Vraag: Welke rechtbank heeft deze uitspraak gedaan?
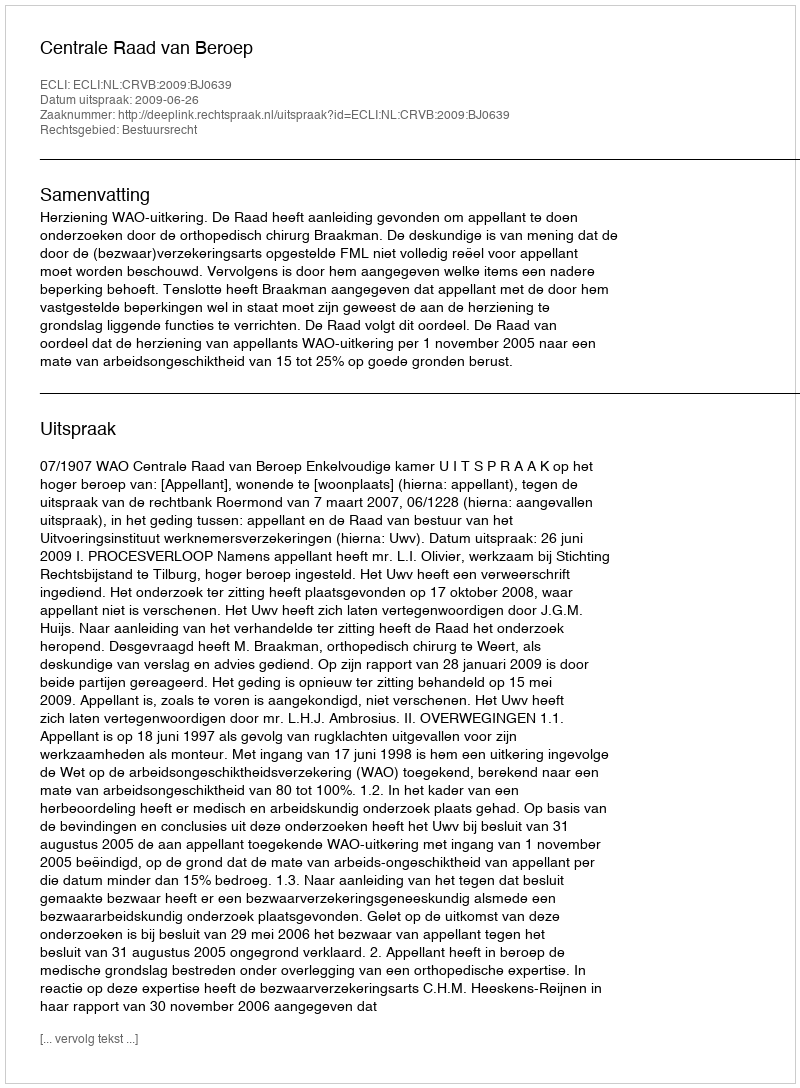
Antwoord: Centrale Raad van Beroep